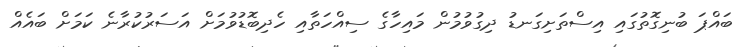
ބައްޕަ ބުނިގޮތުގައި އިސްތަށިގަނޑު ދިގުވުމުން މައިހާގެ ސިއްހަތާއި ހެދިބޮޑުވުމަށް އަސަރުކުރާނެ ކަމަށް ބައެއް